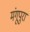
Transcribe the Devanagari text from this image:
मंगूपुरा